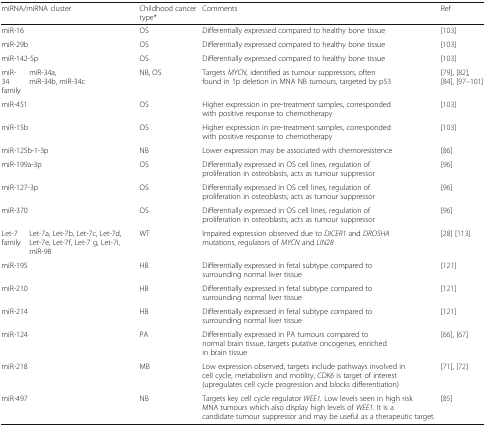
<table><thead><tr><td colspan="2"><b>miRNA/miRNA cluster</b></td><td><b>Childhood cancer type*</b></td><td><b>Comments</b></td><td><b>Ref</b></td></tr></thead><tbody><tr><td colspan="2">miR-16</td><td>OS</td><td>Differentially expressed compared to healthy bone tissue</td><td>[103]</td></tr><tr><td colspan="2">miR-29b</td><td>OS</td><td>Differentially expressed compared to healthy bone tissue</td><td>[103]</td></tr><tr><td colspan="2">miR-142-5p</td><td>OS</td><td>Differentially expressed compared to healthy bone tissue</td><td>[103]</td></tr><tr><td>miR-34 family</td><td>miR-34a, miR-34b, miR-34c</td><td>NB, OS</td><td>Targets <i>MYCN,</i> identified as tumour suppressors, often found in 1p deletion in MNA NB tumours, targeted by p53</td><td>[79], [82], [84], [97–101]</td></tr><tr><td colspan="2">miR-451</td><td>OS</td><td>Higher expression in pre-treatment samples, corresponded with positive response to chemotherapy</td><td>[103]</td></tr><tr><td colspan="2">miR-15b</td><td>OS</td><td>Higher expression in pre-treatment samples, corresponded with positive response to chemotherapy</td><td>[103]</td></tr><tr><td colspan="2">miR-125b-1-3p</td><td>NB</td><td>Lower expression may be associated with chemoresistence</td><td>[86]</td></tr><tr><td colspan="2">miR-199a-3p</td><td>OS</td><td>Differentially expressed in OS cell lines, regulation of proliferation in osteoblasts, acts as tumour suppressor</td><td>[96]</td></tr><tr><td colspan="2">miR-127-3p</td><td>OS</td><td>Differentially expressed in OS cell lines, regulation of proliferation in osteoblasts, acts as tumour suppressor</td><td>[96]</td></tr><tr><td colspan="2">miR-370</td><td>OS</td><td>Differentially expressed in OS cell lines, regulation of proliferation in osteoblasts, acts as tumour suppressor</td><td>[96]</td></tr><tr><td>Let-7 family</td><td>Let-7a, Let-7b, Let-7c, Let-7d, Let-7e, Let-7f, Let-7 g, Let-7i, miR-98</td><td>WT</td><td>Impaired expression observed due to <i>DICER1</i> and <i>DROSHA</i> mutations, regulators of <i>MYCN</i> and <i>LIN28</i></td><td>[28] [113]</td></tr><tr><td colspan="2">miR-195</td><td>HB</td><td>Differentially expressed in fetal subtype compared to surrounding normal liver tissue</td><td>[121]</td></tr><tr><td colspan="2">miR-210</td><td>HB</td><td>Differentially expressed in fetal subtype compared to surrounding normal liver tissue</td><td>[121]</td></tr><tr><td colspan="2">miR-214</td><td>HB</td><td>Differentially expressed in fetal subtype compared to surrounding normal liver tissue</td><td>[121]</td></tr><tr><td colspan="2">miR-124</td><td>PA</td><td>Differentially expressed in PA tumours compared to normal brain tissue, targets putative oncogenes, enriched in brain tissue</td><td>[66], [67]</td></tr><tr><td colspan="2">miR-218</td><td>MB</td><td>Low expression observed, targets include pathways involved in cell cycle, metabolism and motility, <i>CDK6</i> is target of interest (upregulates cell cycle progression and blocks differentiation)</td><td>[71], [72]</td></tr><tr><td colspan="2">miR-497</td><td>NB</td><td>Targets key cell cycle regulator <i>WEE1.</i> Low levels seen in high risk MNA tumours which also display high levels of <i>WEE1.</i> It is a candidate tumour suppressor and may be useful as a therapeutic target.</td><td>[85]</td></tr></tbody></table>